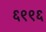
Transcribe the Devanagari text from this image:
६९९६